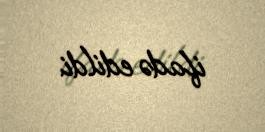
ifadə edildi.